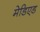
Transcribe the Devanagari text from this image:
मेडिएड